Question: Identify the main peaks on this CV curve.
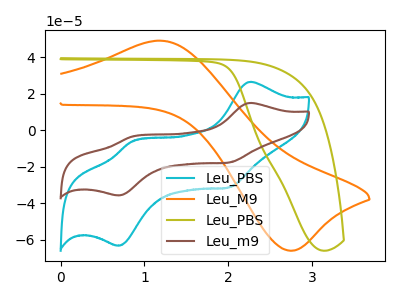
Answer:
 <answer>The cyan curve "Leu_PBS" has anodic peaks at (2.25V, 26.55uA) (0.85V, -6.25uA) and cathodic peaks at (2.00V, -31.30uA) (0.70V, -63.25uA). The orange curve "Leu_M9" has an anodic peak at (1.20V, 49.10uA) and a cathodic peak at (2.70V, -65.90uA). The olive curve "Leu_PBS" has no peaks. The brown curve "Leu_m9" has anodic peaks at (2.25V, 14.95uA) (0.85V, -3.50uA) and cathodic peaks at (2.00V, -17.65uA) (0.70V, -35.70uA).</answer>
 <eval></eval>